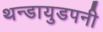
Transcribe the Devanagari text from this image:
थन्डायुडपनी